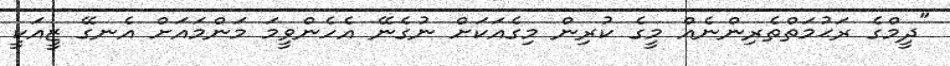
"ދީމްގެ ރަޙުމަތްތެރިންނެއް މީގެ ކުރިން މިގެއަކަށް ނުގެނޭ އެހެންވީމަ މަންމައަށް އެނގޭ ޒީއަކީ